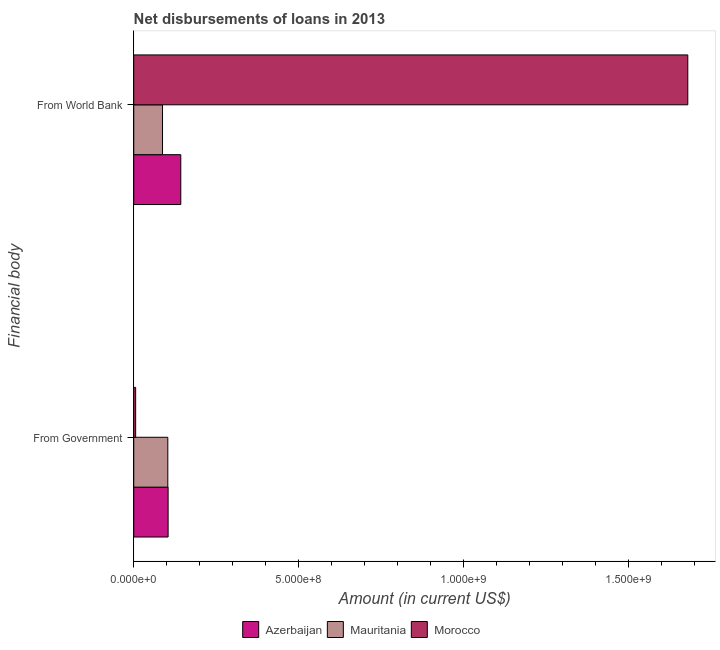
| Financial body | Azerbaijan | Mauritania | Morocco |
 | --- | --- | --- | --- |
 | From Government | 1.04e+08 | 1.03e+08 | 5.81e+06 |
 | From World Bank | 1.43e+08 | 8.72e+07 | 1.68e+09 |